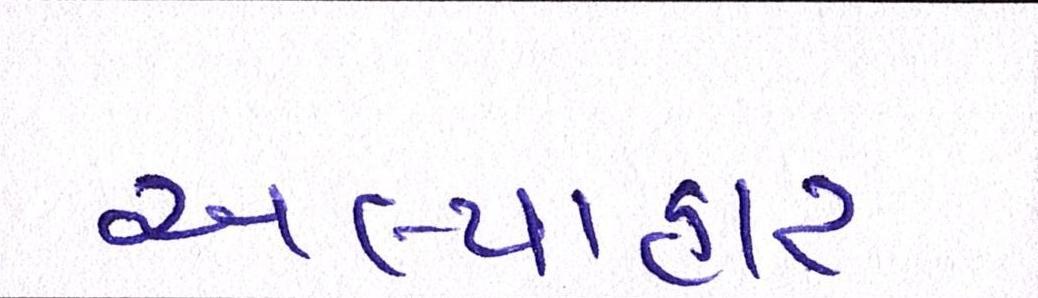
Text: અલ્પાહાર